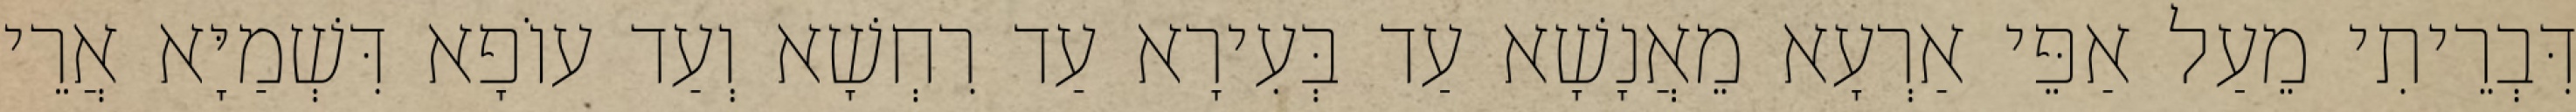
דִּבְרֵיתִי מֵעַל אַפֵּי אַרְעָא מֵאֲנָשָׁא עַד בְּעִירָא עַד רִחְשָׁא וְעַד עוֹפָא דִּשְׁמַיָּא אֲרֵי